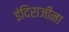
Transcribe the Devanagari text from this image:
इंदिराजींना